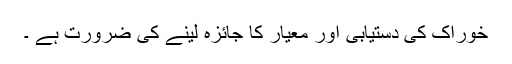
خوراک کی دستیابی اور معیار کا جائزہ لینے کی ضرورت ہے ۔